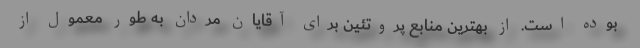
بوده است. از بهترین منابع پروتئین برای آقایان مردان به طور معمول از